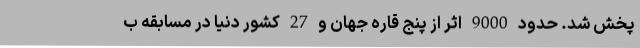
پخش شد. حدود 9000 اثر از پنج قاره جهان و 27 کشور دنیا در مسابقه ب